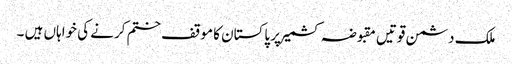
ملک دشمن قوتیں مقبوضہ کشمیر پر پاکستان کا موقف ختم کرنے کی خواہاں ہیں ۔